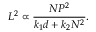
L ^ { 2 } \propto \frac { N P ^ { 2 } } { k _ { 1 } d + k _ { 2 } N ^ { 2 } } .